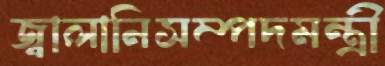
জ্বালানিসম্পদমন্ত্রী